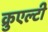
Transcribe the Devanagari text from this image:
क्रुएल्टी